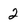
Character: 2